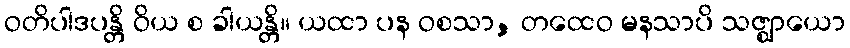
ဝတိပါဒပန္တိ ဝိယ စ ခါယန္တိ။ ယထာ ပန ဝစသာ, တထေဝ မနသာပိ သဇ္ဈာယော